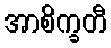
အာစိက္ခတီ